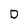
Character: D